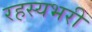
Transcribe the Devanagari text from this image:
रहस्यभरी